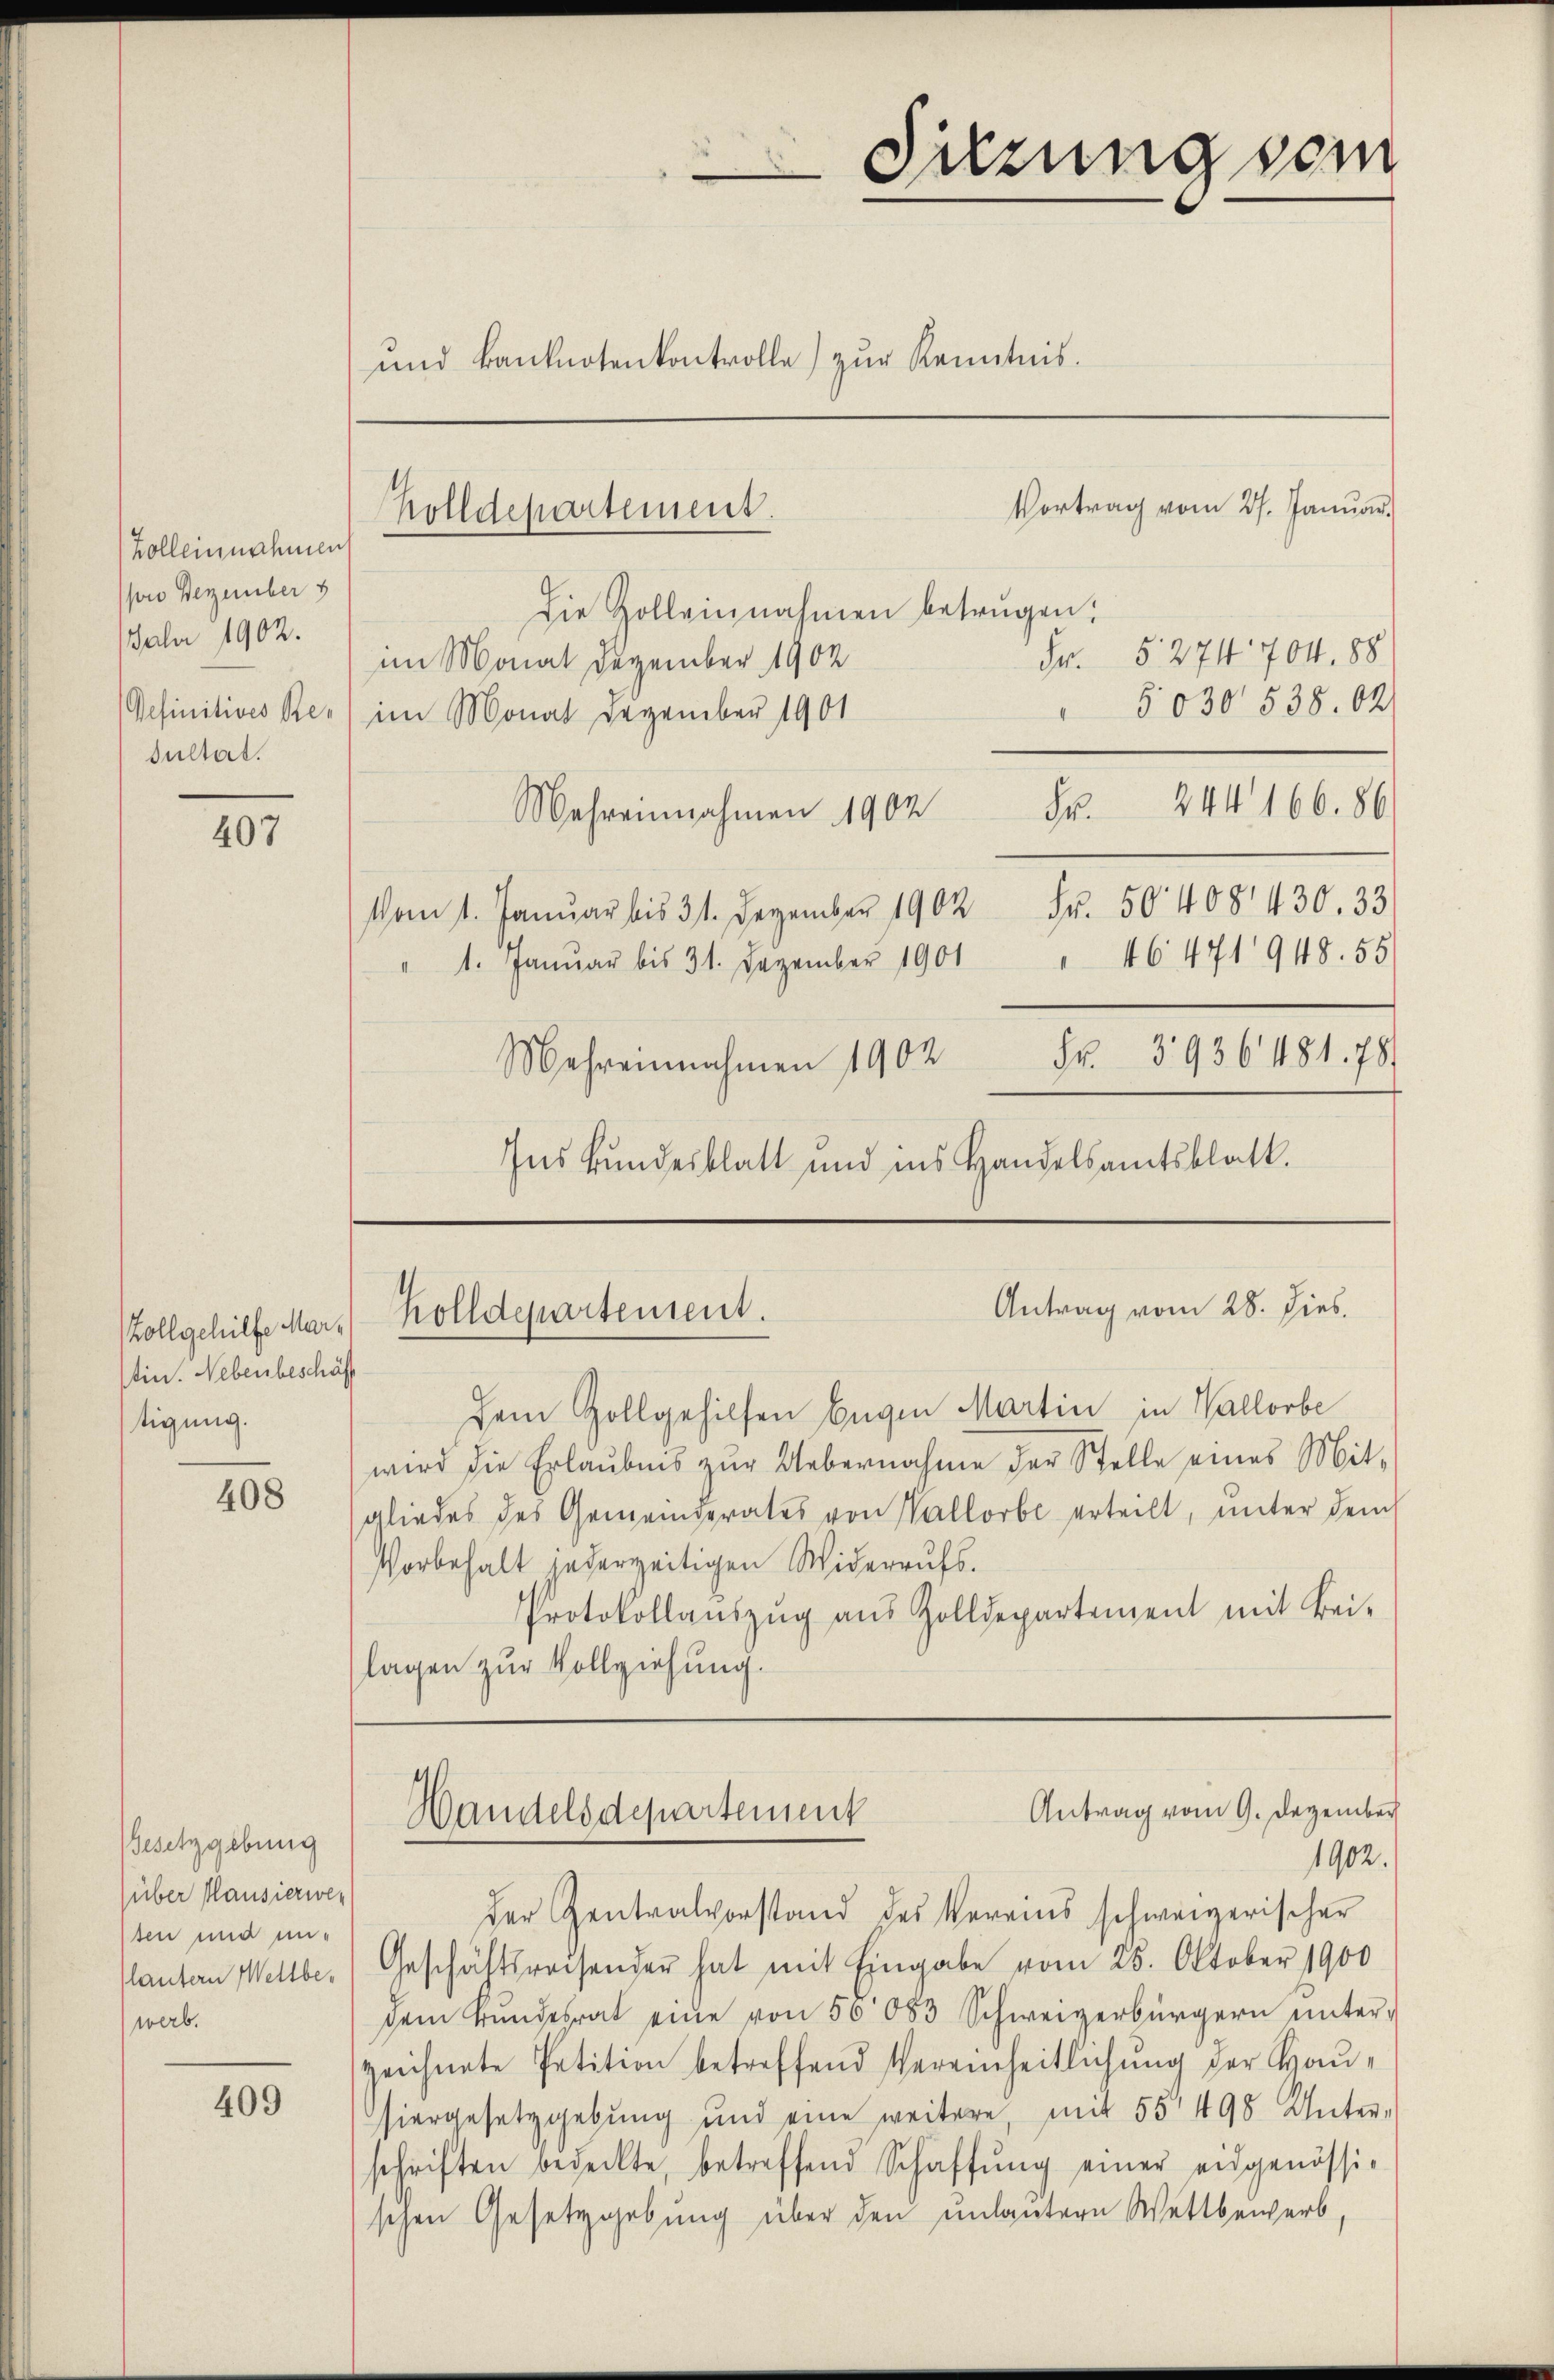
Bolleinnahmen
son Dezember
Faber 1902.
Definitives Resultat.

407

Zollgehilfe Martin. Nebenbeschäft
tigung.

408

Besetzgebung
(über Hausierwer
ten und un-
lautern Weltbewerb.

409

Holldepartement.

Vortrag vom 27. Januar.
Die Zolleinnahmen betrügen.
Fr. 5. 274. 704. 88
im Monat Dezember 1902
5030 538. 02
im Monat Dezember 1901
Fr. 244 166. 86
Wahreinnahmen 1904
Vom 1. Januar bis 31. Dezember 1902 Fr. 50408430. 33
" 1. Januar bis 31. Dezember 1901 " 46 471 948. 55
Fr. 393648178
Mehreinnahmen 1902
Ins kundesblatt und ins Handelsamtsblatt.

Dem Zollgehilfen begin Martin in Wallorbe
wird die Erlaubnis zur Uebernahme der Stelle eines Mitgliedes des Gemeinderates von Wallorbe erteilt, unter dem
Vorbehalt inderzeitigen Widerrufs.
Protokollaŭszŭg aŭs Zolldepartement mit Bei-
lagen zur Vollziehung.

und Banknotenkontrolle zŭr Kenntnis.

Sitzung vom

Antrag vom 28. Dies
olldepartement.

Antrag vom 9. Dezember
Handelsdepartement
1902.

der Zentralvorstand des Vereins schweizerischer
Geschäftsreisender hat mit Eingabe vom 25. Oktober 1900
dem Bŭndesrat eine von 50 083 Schweizerbürgern ŭnter-
zeichnete Petition betreffend Vereinheitlichŭng der Haŭ-
hiergesetzgebung und eine weitere, mit 55' 498 Unter-
schriften bedeckte, betreffend Schaffŭng einer eidgenössi-
schen Gesetzgebung über den unlautern Wettbewerb,